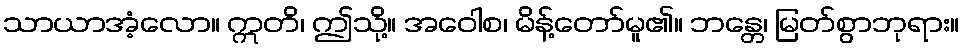
သာယာအံ့လော။ ဣတိ၊ ဤသို့။ အဝေါစ၊ မိန့်တော်မူ၏။ ဘန္တေ၊ မြတ်စွာဘုရား။